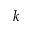
k